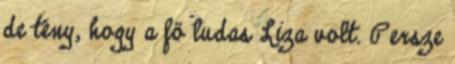
de tény, hogy a fő ludas Liza volt. Persze